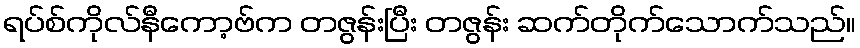
ရပ်စ်ကိုလ်နီကော့ဗ်က တဇွန်းပြီး တဇွန်း ဆက်တိုက်သောက်သည်။